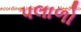
પલાળો